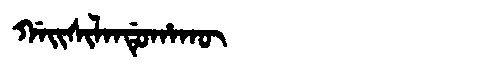
Manchu: ᡤᠠᡳᠰᡳᠯᠠᠨᡩᡠᡥᠠᡴᡡ
Romanization: GAISILANDUHAKŪ